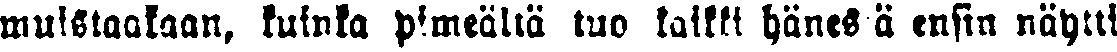
muistaakaan, kuinka pimeältä tuo kaikki hänestä ensin näytti